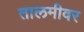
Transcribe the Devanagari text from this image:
तालमीवर